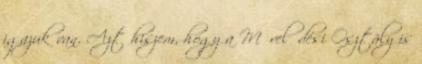
igazuk van. Azt hiszem, hogy a Művelődési Osztály is